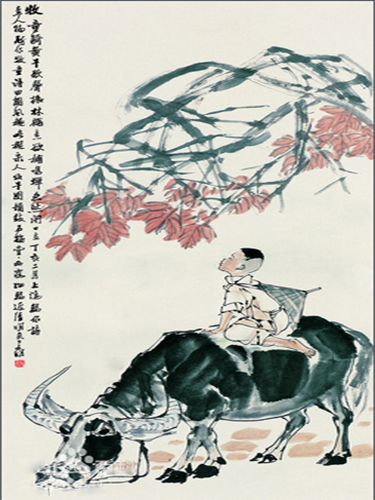
草铺横野六七里，笛弄晚风三四声。